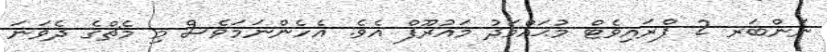
ނަންބަރ 2 ޕްރައިވެޓް މުޙައްމަދު މައުރޫފް އެވެ. އެހެންނަމަވެސް މި މެޗްގެ ދެވަނަ